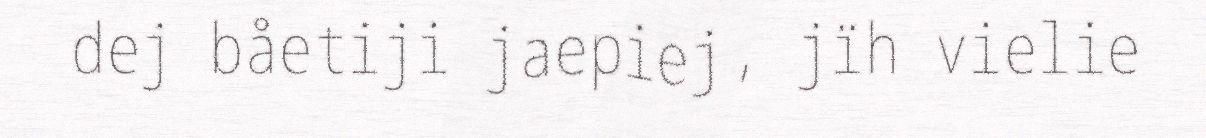
dej båetiji jaepiej, jïh vielie